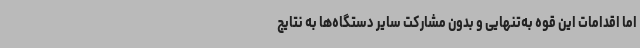
اما اقدامات این قوه به‌تنهایی و بدون مشارکت سایر دستگاه‌ها به نتایج